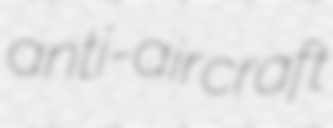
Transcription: anti-aircraft